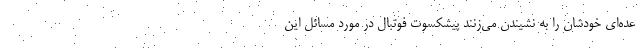
عده‌ای خودشان را به نشیندن می‌زنند پیشکسوت فوتبال در مورد مسائل این